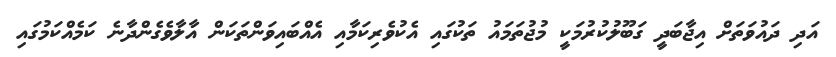
އަދި ދައުވަތަށް އިޖާބަދީ ގަބޫލުކުރުމަކީ މުޖުތަމައު ތަކުގައި އެކުވެރިކަމާއި އެއްބައިވަންތަކަން އާލާވެގެންދާނެ ކަމެއްކަމުގައި